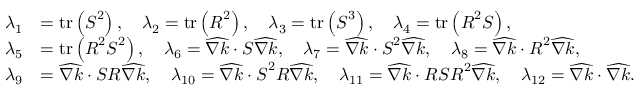
\begin{array} { r l } { \lambda _ { 1 } } & { = \operatorname { t r } \left( \boldsymbol { S } ^ { 2 } \right) , \quad \lambda _ { 2 } = \operatorname { t r } \left( \boldsymbol { R } ^ { 2 } \right) , \quad \lambda _ { 3 } = \operatorname { t r } \left( \boldsymbol { S } ^ { 3 } \right) , \quad \lambda _ { 4 } = \operatorname { t r } \left( \boldsymbol { R } ^ { 2 } \boldsymbol { S } \right) , } \\ { \lambda _ { 5 } } & { = \operatorname { t r } \left( \boldsymbol { R } ^ { 2 } \boldsymbol { S } ^ { 2 } \right) , \quad \lambda _ { 6 } = \widehat { \nabla k } \cdot \boldsymbol { S } \widehat { \nabla k } , \quad \lambda _ { 7 } = \widehat { \nabla k } \cdot \boldsymbol { S } ^ { 2 } \widehat { \nabla k } , \quad \lambda _ { 8 } = \widehat { \nabla k } \cdot \boldsymbol { R } ^ { 2 } \widehat { \nabla k } , } \\ { \lambda _ { 9 } } & { = \widehat { \nabla k } \cdot \boldsymbol { S } \boldsymbol { R } \widehat { \nabla k } , \quad \lambda _ { 1 0 } = \widehat { \nabla k } \cdot \boldsymbol { S } ^ { 2 } \boldsymbol { R } \widehat { \nabla k } , \quad \lambda _ { 1 1 } = \widehat { \nabla k } \cdot \boldsymbol { R } \boldsymbol { S } \boldsymbol { R } ^ { 2 } \widehat { \nabla k } , \quad \lambda _ { 1 2 } = \widehat { \nabla k } \cdot \widehat { \nabla k } . } \end{array}